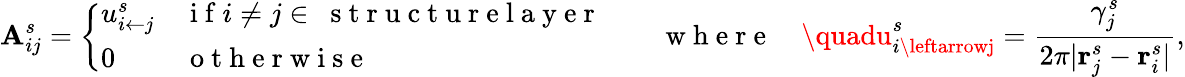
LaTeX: \mathbf{A}_{ij}^{s}=\left\{ \begin{array}{ll}{u_{{i}\leftarrow{j}}^{s}}&{\mathrm{~i~f~}i\neq j\in~\mathrm{~s~t~r~u~c~t~u~r~e~l~a~y~e~r~}}\\ {0}&{\mathrm{~o~t~h~e~r~w~i~s~e~}}\end{array}\right.\quad\quad\mathrm{{~w~h~e~r~e~}}\quad\quadu_{i\leftarrowj}^{s}=\frac{{\gamma_{j}^{s}}}{{2\pi\vert\mathbf{{r}}_{j}^{s}-\mathbf{{r}}_{i}^{s}\vert}},